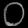
Digit: ၀